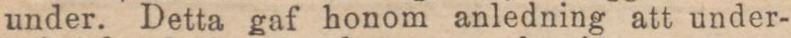
under. Detta gaf honom anledning att under-